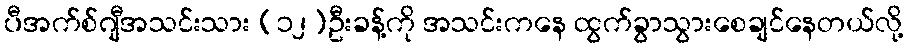
ပီအက်စ်ဂျီအသင်းသား (၁၂)ဦးခန့်ကို အသင်းကနေ ထွက်ခွာသွားစေချင်နေတယ်လို့